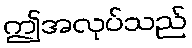
ဤအလုပ်သည်